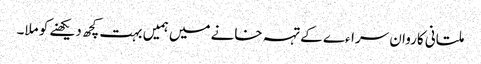
ملتانی کاروان سراءے کے تہہ خانے میں ہمیں بہت کچھ دیکھنے کو ملا۔